Vital statistics of India. Vol. IV, Annual returns from 1871 to 1876. British Army of India, Native Army and jails of Bengal
Year: 1871
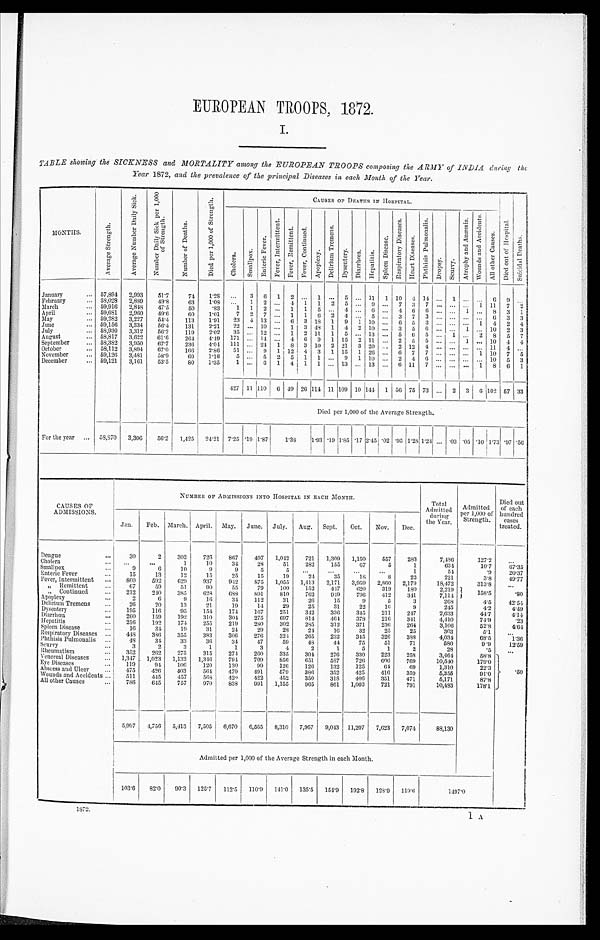
EUROPEAN TROOPS, 1872.
I.
TABLE showing the SICKNESS and MORTALITY among the EUROPEAN TROOPS composing the ARMY of INDIA during the
Year 1872, and the prevalence of the principal Diseases in each Month of the Year.
MONTHS.
A v e r a g e S t r e n g t h .
A v e r a g e N u m b e r D a i l y S i c k .
N u m b e r D a i l y S i c k p e r 1 , 0 0 0 o f S t r e n g t h .
N u m b e r o f D e a t h s .
D i e d p e r 1 , 0 0 0 o f S t r e n g t h .
C A U S E S O F D E A T H S I N H O S P I T A L .
D i e d o u t o f H o s p i t a l .
S n i c i d a l D e a t h s .
C h o l e r a .
S m a l l p o x .
E n t e r i c F e v e r .
F e v e r , I n t e r m i t t e n t .
F e v e r , R e m i t t e n t . F e v e r , C o n t i n u e d .
A p o p l e x y .
D e l i r i u m T r e m e n s .
D y s e n t e r y . D i a r r h œ a H e p a t i t i s . S p l e e n D i s e a s e .
R e s p i r a t o r y D i s e a s e s
H e a r t D i s e a s e s .
P h t h i s i s P u l m o n a l i s .
D r o p s y . S c a r v y .
A t r o p h y a n d A æ m i a .
W o u n d s a n d A c c i d e n t s .
A l l o t h e r c a u s e s .
January
... 57,894 2,993
51.7
74
1.28 ...
3 6 1 2 ... 1 ... 5 ... 11 1 10 4 14 ... 1 ... ...
6 9 ...
February
... 59,028 2,899
4 9 . 8
63
1.08 ...
1 2 . . . 4 1 1 2 5 ... 9 ... 7 3 7 ... ... ... 1 11 7
2
March
... 59,916 2,848 47.5
50
.83
1 1 2 ... 1 1
5 ... 4 ...
... 4 6 6 ... ... 1 ... 8 3 1
April
... 59,681 2,960
49.6
60
1.01
7 2 7 ... 1 1
6 2 4 ... 5 . . . ... 3 7 3 ... ... ... ... 6 3 3
May
... 59,282 3,227
54.4
113
1.91
23 4 13 ... 6 3 18 1 9 1 10 . . . ... 6 5 3 ... ... ... 1 4 2 4
June
... 59,156 3,334
5 6 . 4
131
2.21
22
. . . 10
. . . 1 3 48 1 4 2 10 ...
3 5 6 ... ... 1 ... 10 2 3
July
... 58,930 3,312
56.2
119
2.02 35 ... 12 ... 1 2 11 1 5 ... 13 ...... 5 6 5 ... 1 ... 2 8 5 7
August
... 58,817 3,622
61.6
264
4.49 171 ... 14
. . . 4 6 9 1 15 2 11 ...... 2 5 5 ... ... 1 ... 10 4 4
September
... 58,382 3,950
6 7 . 7
236
4.04 111 ... 24 1 8 3 10 2 21 3 20 ...... 2 12 4 ... ... ... ... 11 4 ...
October
... 58,112 3,894
67.0
166
2.86
51 ... 9 1 12 4 3 1 15 1 26 ...... 6 7 7 ... ... ... 1 10 7 5
November
... 59,126 3,481
58.9
69
1.16
5 ... 5 2 5 1 1 ... 9 1 1 0 ...... 2 4 6 ... ... ... ... 10 5 3
December
... 59,121 3,161
53.5
80
1.35
1 ... 6 1 4 1 1 ... 13 ... 13 ...... 6 11 7 ... ... ... 1 8
6 1
427
1 1
1 1 0
6 49 26 114 11 109 10 144
1 5 6 75 73
. . . 2 3
6 102
5 7 33
Died per 1,000 of the Average Strength.
.
For the year ... 58,870 3,306
56.2 1,425 24.21 7.25 .19 1.87
1 . 3 8 1.93 .19 1.85 .17
2 . 4 5
. 0 2 , . 0 2
.95 1.28 1.24 ... .03 .05 .10 1. 73 .97
. 5 6
CAUSES OF
ADMISSIONS.
NUMBER OF ADMISSIONS INTO HOSPITAL IN EACH MONTH.
Total
Admitted
during
the Year.
Admitted
Per 1,000 of
Strength.
Died out
of each
hundred
c a s e s
treated.
Jan.
Feb. March. April. May. June. July. Aug. Sept.
Oct.
Nov.
Dec.
Dengue
...
30
2
302
726
867
497 1,042
721 1,309 1,150
557
283
7,486
127.2
. . .
Cholera
. . .
. . .
...
1
10
34
28
51
282
155
67
5
1
634
10.7
67.35
Smallpox
...
9
6
10
9
9
5
5
. . .
. . .
...
...
1
54
. 9
20.37
Enteric Fever
. . .
15
13
12
15
25
15
19
21
35
18
8
22
221
3.8
49.77
Fever, Intermittent ...
860
592
629
937
9 4 2
875 1,055 1,413 2,171 3,959 2,860 2,179
18,472
313.8
. . .
„ Remi ttent
...
67
59
51
90
55
79
100
152
447
620
319
180
2,219
158.5
. 8 0
,,
Continue
...
2 1 2 240
385
6 2 8 688
891
810
762
949
796
412
341
7,114
Apoplexy
...
2
6
9
16
34
112
31
26
15
9
5
3
268
4.5
42.54
Delirium Tremens
...
26
20
13
21
19
14
29
25
31
22
16
9
245
4.2
4.49
Dysenter
...
1 9 5 116
95
154
174
167
251
342
336
345
211
247
2,633
44.7
4.14
Diarrhœa
...
260
159
192
310
304
275
697
814
464
378
216
341
4,410
74.9
.23
Hepatitis
...
2 1 6 192
174
255
219
280
302
285
312
371
236
264
3,106
52.8
4.64
Spleen Diseas
. . .
16
34
19
31
24
29
28
24
16
32
25
25
303
5.1
. . .
Respiratory Diseases ...
448
386
355
383
306
276
324
265
232
345
326
388
4,034
68.5
1.36
Phthisis Pulmonalis
. .
48
34
33
36
34
47
59
48
44
75
51
71
580
9.9
12.59
Scurvy
. . .
3
2
3
1
1
3
4
2
1
5
1
2
28
.5
. . .
Rheumatism
...
352
262
275
315
274
260
335
304
276
330
223
258
3,464
58.8
.50
Venereal Diseases
. . . 1,347 1,023 1,132 1,346
794
709
856
651
587
726
690
769
10,540
179.0
Eye Disease
. . .
119
94
106
120
130
99
126
126
132
125
64
69
1,310
22.3
Abscess and Ulcer
...
475
426
403
564
479
491
579
386
352
425
416
359
5,355
91.0
Wounds and Accidents ...
511
445
457
568
429
422 452
350
318
406
351
471
5,171
87.8
All other Cause
...
7 8 6
645
757
970
833
991 1,155
965
861 1,003
721
791
10,483
178.1
5,997 4,756 5,413 7,505 6,670 6,565 8,310 7,967 9,043 11,207 7,623 7,074
88,130
Admitted per 1,000 of the Average Strength in each Month.
103.6
82.0 90.:3 125.7 112.5 110.9 141.0 135.5 154.9 192.8 128.9 119.6
1497.0
1872.
1 A